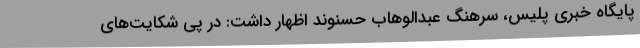
پایگاه خبری پلیس، سرهنگ عبدالوهاب حسنوند اظهار داشت: در پی شکایت‌های